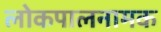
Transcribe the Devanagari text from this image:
लोकपालनामक